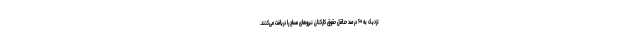
نزدیک به ۶۰ درصد حداقل حقوق کارکنان نیروهای مسلح را دریافت می‌کنند.